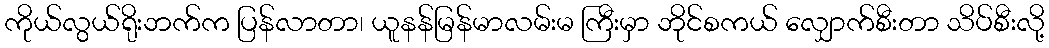
ကိုယ်လွယ်ရိုးဘက်က ပြန်လာတာ၊ ယူနန်မြန်မာလမ်းမ ကြီးမှာ ဘိုင်စကယ် လျှောက်စီးတာ သိပ်စီးလို့